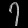
Digit: ၇